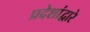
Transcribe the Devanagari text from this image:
प्रदेशांद्वारे